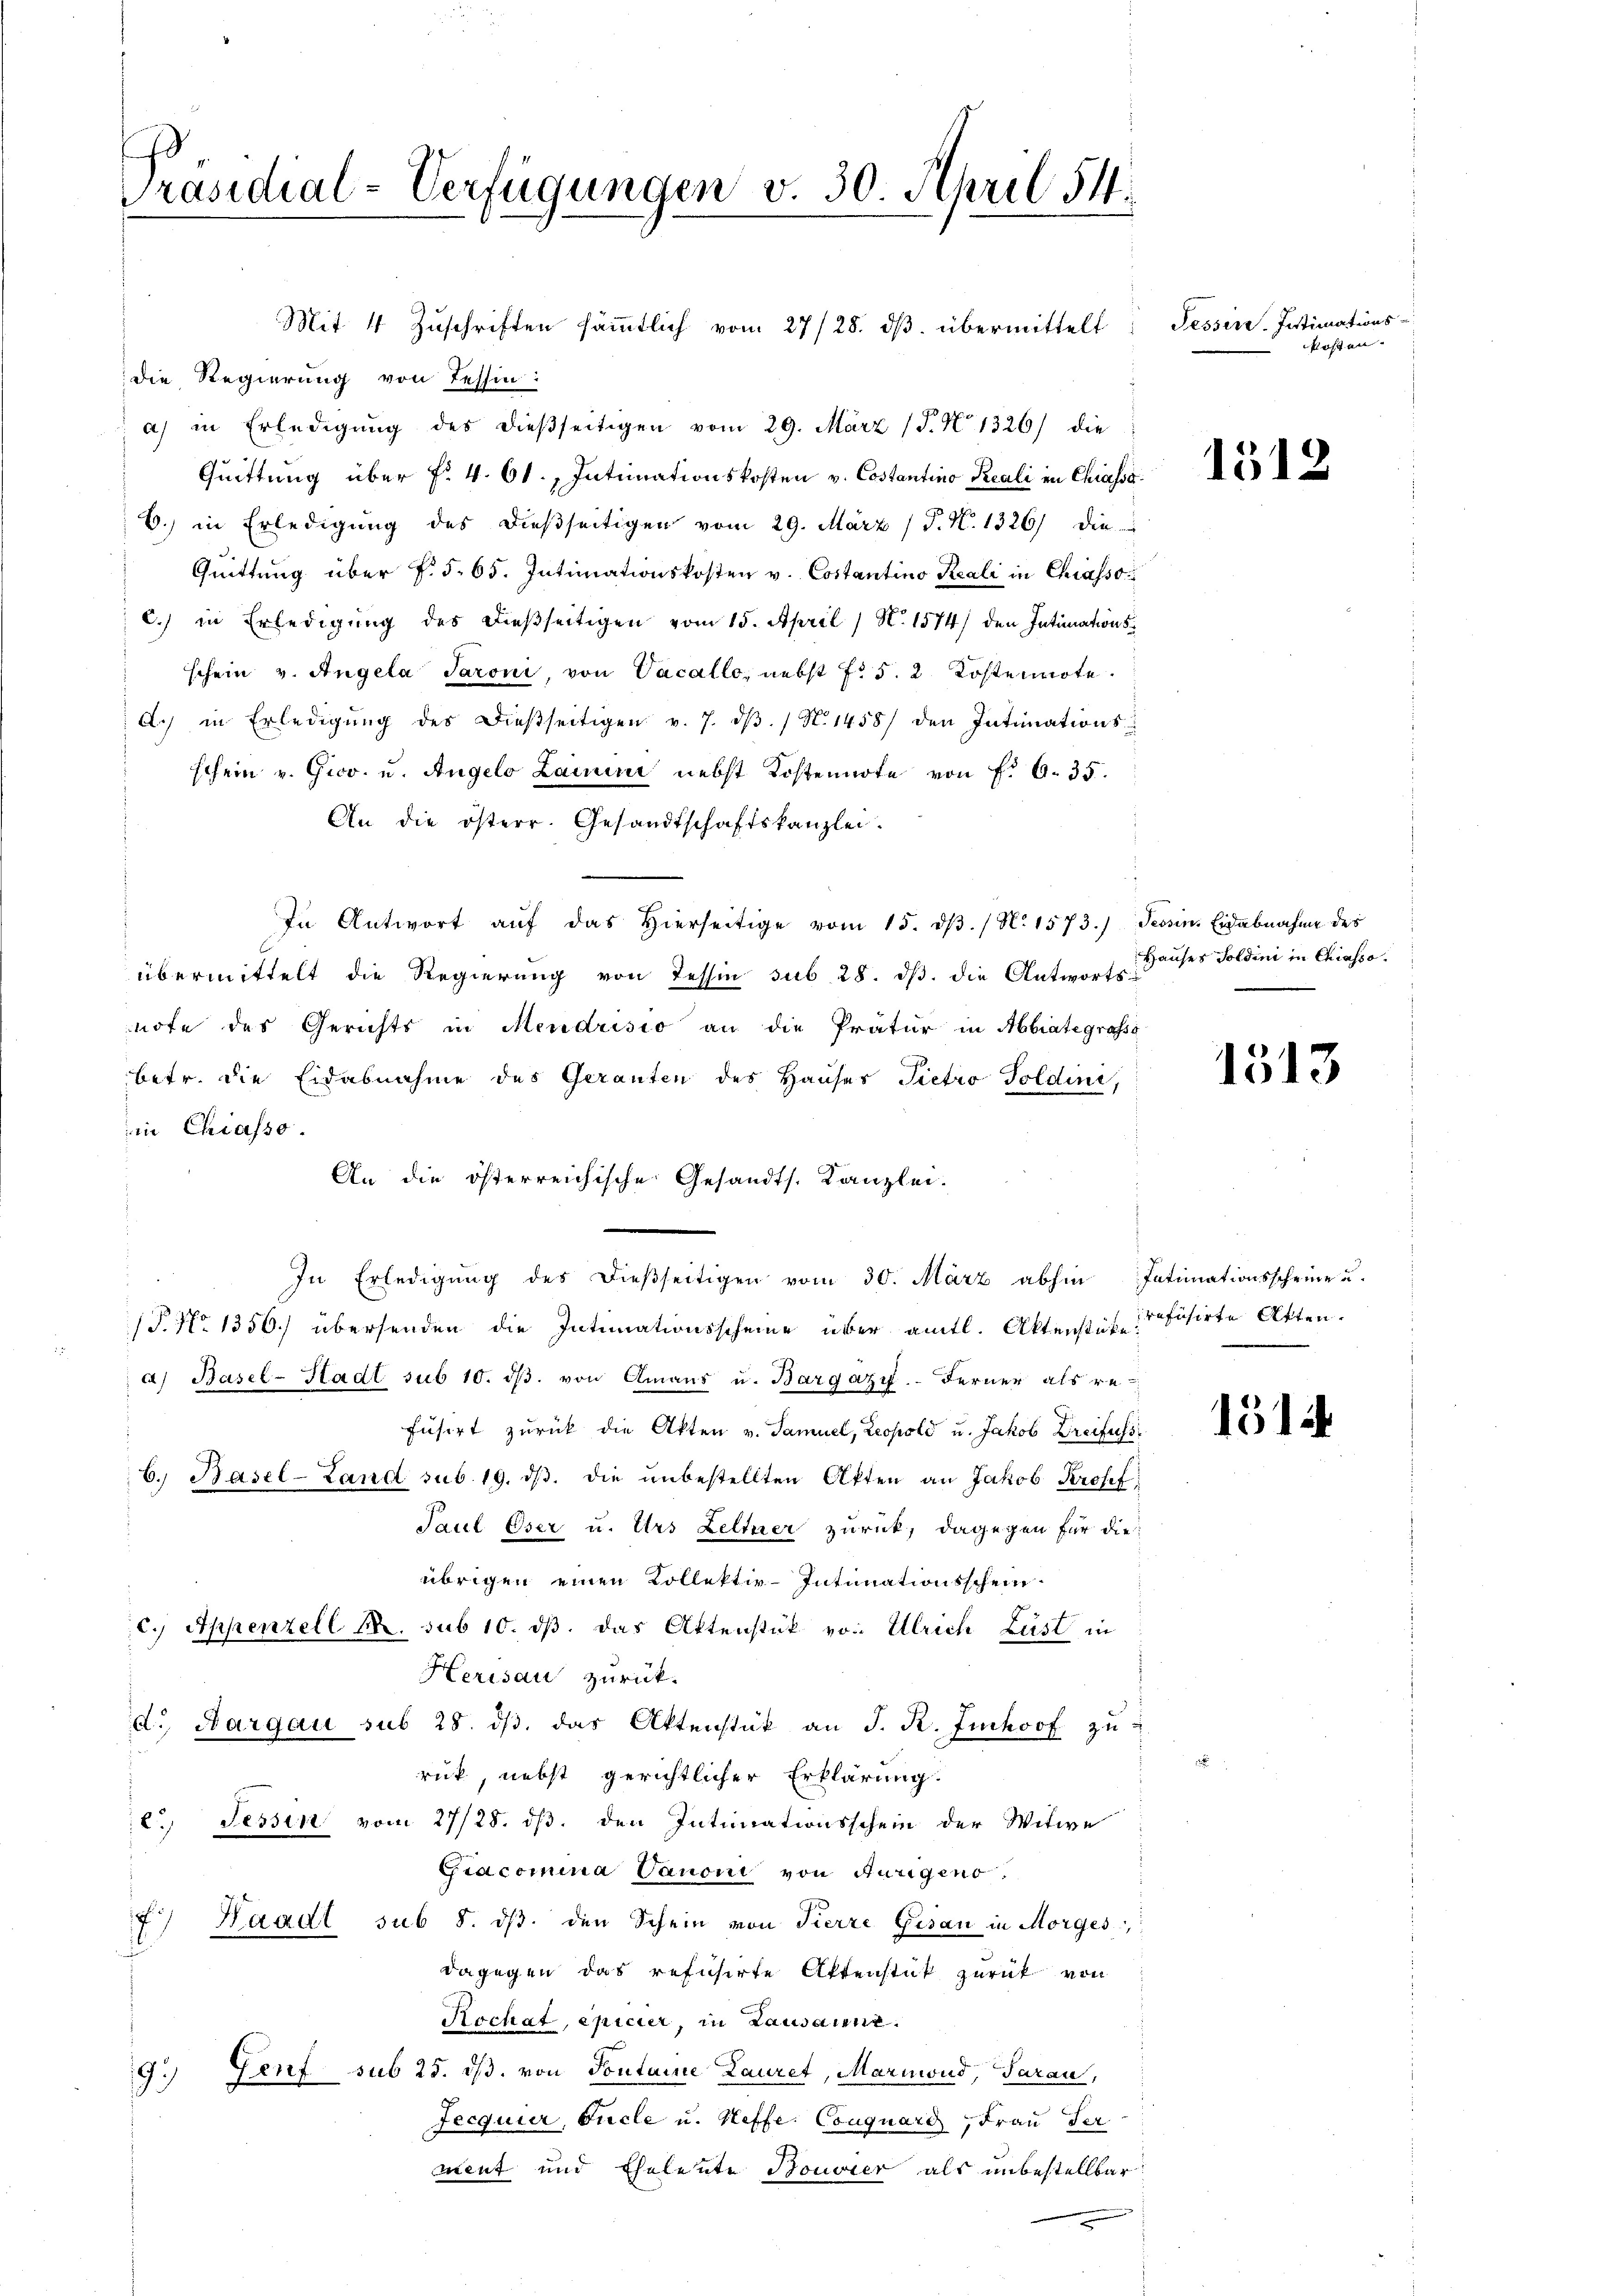
Präsidial-Verfügungen v. 30. April 54.
Mit 4 Zuschriften sämmtlich vom 27/28. dβ übermittelt

die Regierung von Tessin:
a) in Erledigung des dießseitigen vom 29. März (T. No 1326) die
Quittung über f. 4. 61., Intimationskosten v. Costantino Reali in Chiasso.
6.) in Erledigung des dießseitigen vom 29. März ( P. N. 1326) die
Quittung über §. §. 65. Intimationskosten v. Costantino Reali in Chiasso¬
C.) in Erledigung des dießseitigen vom 15. April / N. 1574/ den Intimationsschein v. Angela Paroni, von Vacallo, nebst fr. 5. 2 Kostennote.
A.) in Erledigŭng des dießseitigen v. 7. dβ. / N. 1458/ den Intimations
schein v. Gico. u. Angelo Lain nebst Kostennote von f. 6. 35.
An die österr. Gesandtschaftskanzlei.
In Antwort aŭf das hierseitige vom 15. dβ. / N. 1573.)
übermittelt die Regierung von Tessin sub 28. dβ. die Antwortsnote des Gerichts in Mendrisio an die Pratur in Abintegrasse
betr. die Eidabnahme des Geranten des Hauses Pietro Poldini,
in Chiasso
An die österreichische Gesandts. Kanzlei-
In Erledigung des dießseitigen vom 30. März abhin
P. No 1350. übersenden die Intimationsscheine über amtl. Aktenstüffisirte Atten.
a) Basel-Stadt sub 10. dβ. von Amans u. Bargazy. Ferner als re-
füsirt zurück die Akten v. Samuel, Leopold u. Jakob Dreifuss
6. Basel-Land sub. 19. dβ. die unbestellten Akten an Jakob Krosef
Paul Oser u. Urs Leltner zurück, dagegen für die
übrigen einen Kollektiv-Intimationsschein
C.) Appenzell M. sub 10. ds. das Aktenstük von Ulrich Lust in
Herisau zurück.
d. Aargau sub 28. dβ das Aktenstück an J. R. Juckoof zu-
rück, nebst gerichtlicher Erklärung.
e. Tessin vom 27/28. ds. den Intimationsschein der Witwe
Giacomina Canoni von Hungeno
7) Waadt sub 8. dβ den Schein von Pierre Gesan in Morges,
dagegen das refusirte Aktenstük zurück von
Kochat, epicier, in Lausaren.
Gent sub 25. ds. von Sontaine Lauret, Marnwud, darau,
9)
Fecquier, Fucle u. Neffe. Couquard, Frau der
ment und Eheleute Nouvier als unbestellbar

Pessire. Intimations-
Mosten.

1512

Tessin, Eidabnahme des
Hauses Soldini in Chiasso.

1513

1514

Intimationsscheine u.